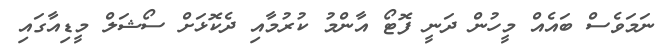
ނަމަވެސް ބައެއް މީހުން ދަނީ ފޮޓޯ އާންމު ކުރުމާއި ދެކޮޅަށް ސޯޝަލް މީޑިއާގައި